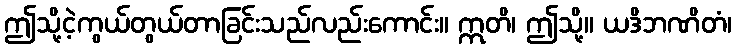
ဤသို့ငဲ့ကွယ်တွယ်တာခြင်းသည်လည်းကောင်း။ ဣတိ၊ ဤသို့။ ယဒိဘဏိတံ၊